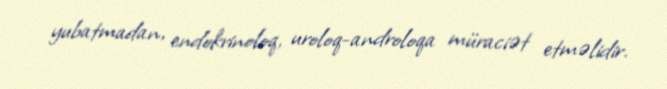
yubatmadan, endokrinoloq, uroloq-androloqa müraciət etməlidir.